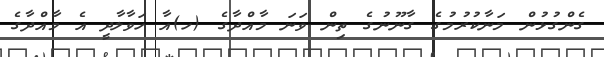
ގެންގުޅުން މަނާކުރުމުގެ ގާނޫނުގެ ތިން ވަނަ މާއްދާގެ (ހ)އާ ހަވާލާދީ އެ މާއްދާގެ